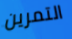
التمرين